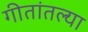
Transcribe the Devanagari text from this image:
गीतांतल्या